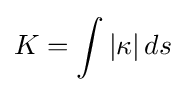
K=\int |\kappa |\,ds